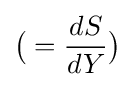
{\big (}={\frac {dS}{dY}}{\big )}